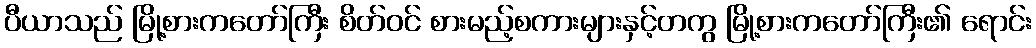
ပီယာသည် မြို့စားကတော်ကြီး စိတ်ဝင် စားမည့်စကားများနှင့်တကွ မြို့စားကတော်ကြီး၏ ရောင်း